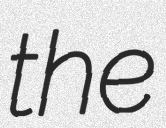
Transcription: the